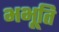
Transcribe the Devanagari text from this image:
भभूति